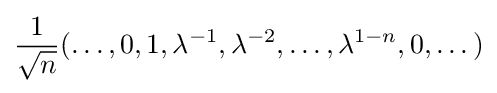
{\frac {1}{\sqrt {n}}}(\dots ,0,1,\lambda ^{-1},\lambda ^{-2},\dots ,\lambda ^{1-n},0,\dots )